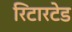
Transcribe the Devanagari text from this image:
रिटारटेड